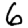
Digit: 6